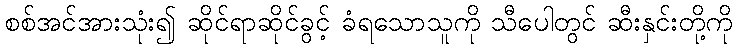
စစ်အင်အားသုံး၍ ဆိုင်ရာဆိုင်ခွင့် ခံရသောသူကို သီပေါတွင် ဆီးနှင်းတို့ကို